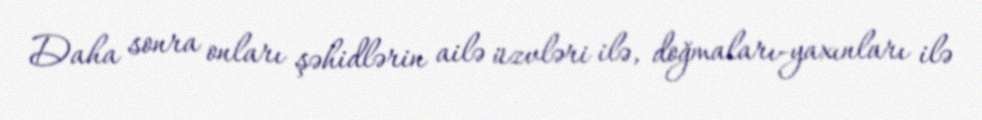
Daha sonra onları şəhidlərin ailə üzvləri ilə, doğmaları-yaxınları ilə